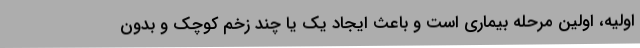
اولیه، اولین مرحله بیماری است و باعث ایجاد یک یا چند زخم کوچک و بدون